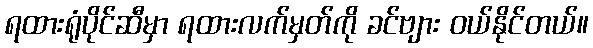
ရထားရုံပိုင်ဆီမှာ ရထားလက်မှတ်ကို ခင်ဗျား ဝယ်နိုင်တယ်။